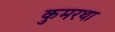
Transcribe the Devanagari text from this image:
कुमरथा